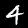
Digit: 4